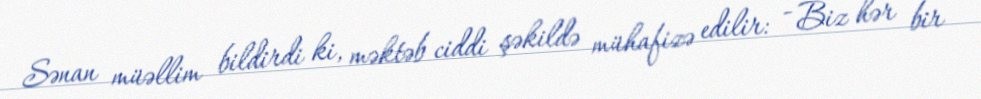
Sənan müəllim bildirdi ki, məktəb ciddi şəkildə mühafizə edilir: - Biz hər bir